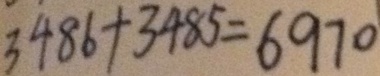
3 4 8 6 + 3 4 8 5 = 6 9 7 0